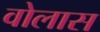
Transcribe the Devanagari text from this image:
वोलास